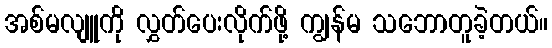
အစ်မလျူကို လွှတ်ပေးလိုက်ဖို့ ကျွန်မ သဘောတူခဲ့တယ်။